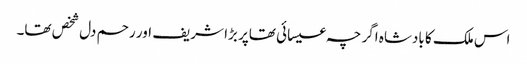
اس ملک کا بادشاہ اگر چہ عیسائی تھاپر بڑا شریف اور رحم دل شخص تھا۔